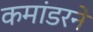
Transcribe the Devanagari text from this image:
कमांडरने